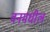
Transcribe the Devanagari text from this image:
वनमधील